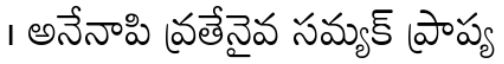
। అనేనాపి వ్రతేనైవ సమ్యక్ ప్రాప్య